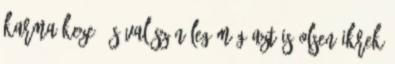
karma keze, és valószínűleg még azt is Olsen ikrek